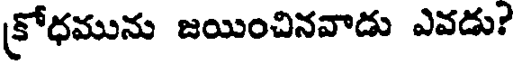
కోధమును జయించినవాడు ఎవడు?